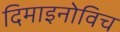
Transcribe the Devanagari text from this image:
दिमाइनोविच